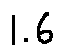
1 . 6